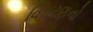
વિતરણનો